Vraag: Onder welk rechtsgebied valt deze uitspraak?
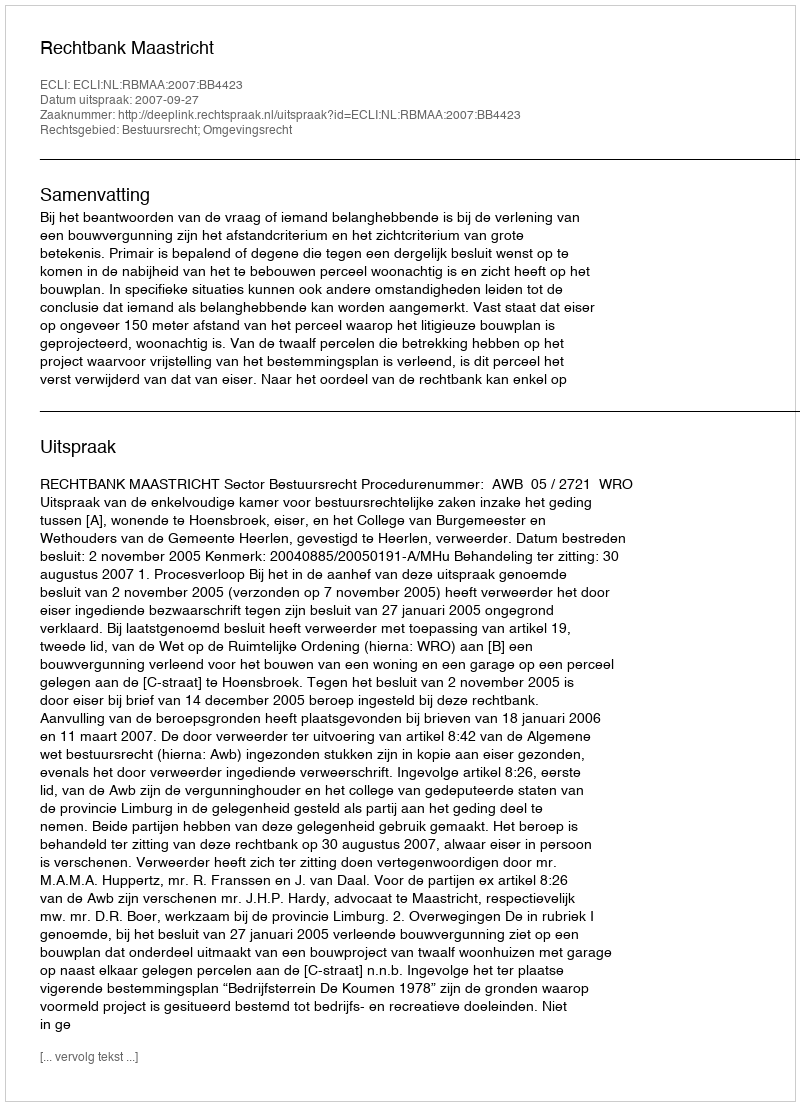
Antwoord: Bestuursrecht; Omgevingsrecht